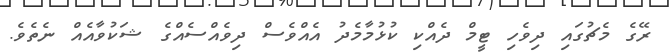
ރޭގެ މެޗުގައި ދިވެހި ޓީމް ދެއްކި ކުޅުމާމެދު އެއްވެސް ދިވެއްސެއްގެ ޝަކުވާއެއް ނެތެވެ.